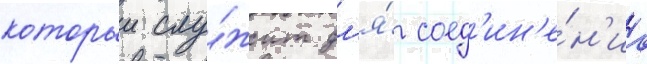
которыи слу́жит дл'я́ соед'ин'е́н'иа